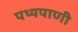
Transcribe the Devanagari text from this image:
पथ्यपाणी